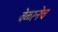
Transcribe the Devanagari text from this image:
वेळानेच